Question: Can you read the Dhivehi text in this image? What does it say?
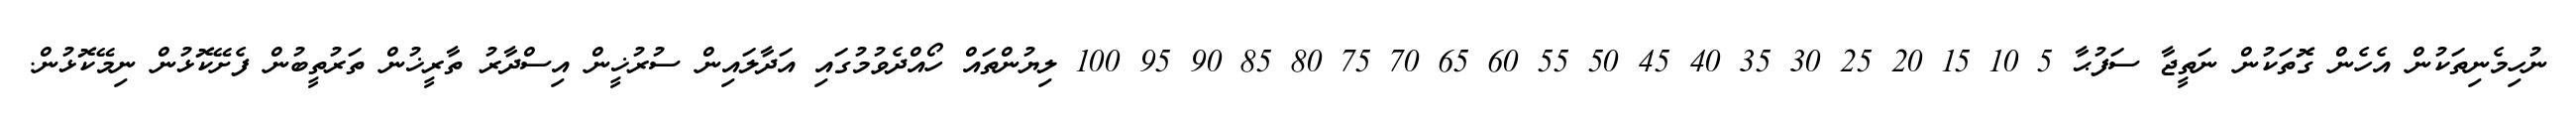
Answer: ނުހިމެނިތަކުން އެހެން ގޮތަކުން ނަތީޖާ ސަފުޙާ 5 10 15 20 25 30 35 40 45 50 55 60 65 70 75 80 85 90 95 100 ލިޔުންތައް ހޯއްދެވުމުގައި އަދާލައިން ސުރުޚީން އިސްދާރު ތާރީޚުން ތަރުތީބުން ފެށޭކޮޅުން ނިމޭކޮޅުން.